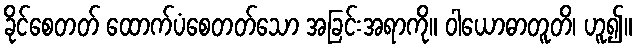
ခိုင်စေတတ် ထောက်ပံစေတတ်သော အခြင်းအရာကို။ ဝါယောဓာတူတိ၊ ဟူ၍။